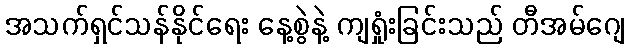
အသက်ရှင်သန်နိုင်ရေး နေ့စွဲနဲ့ ကျရှုံးခြင်းသည် တီအမ်ဂျေ